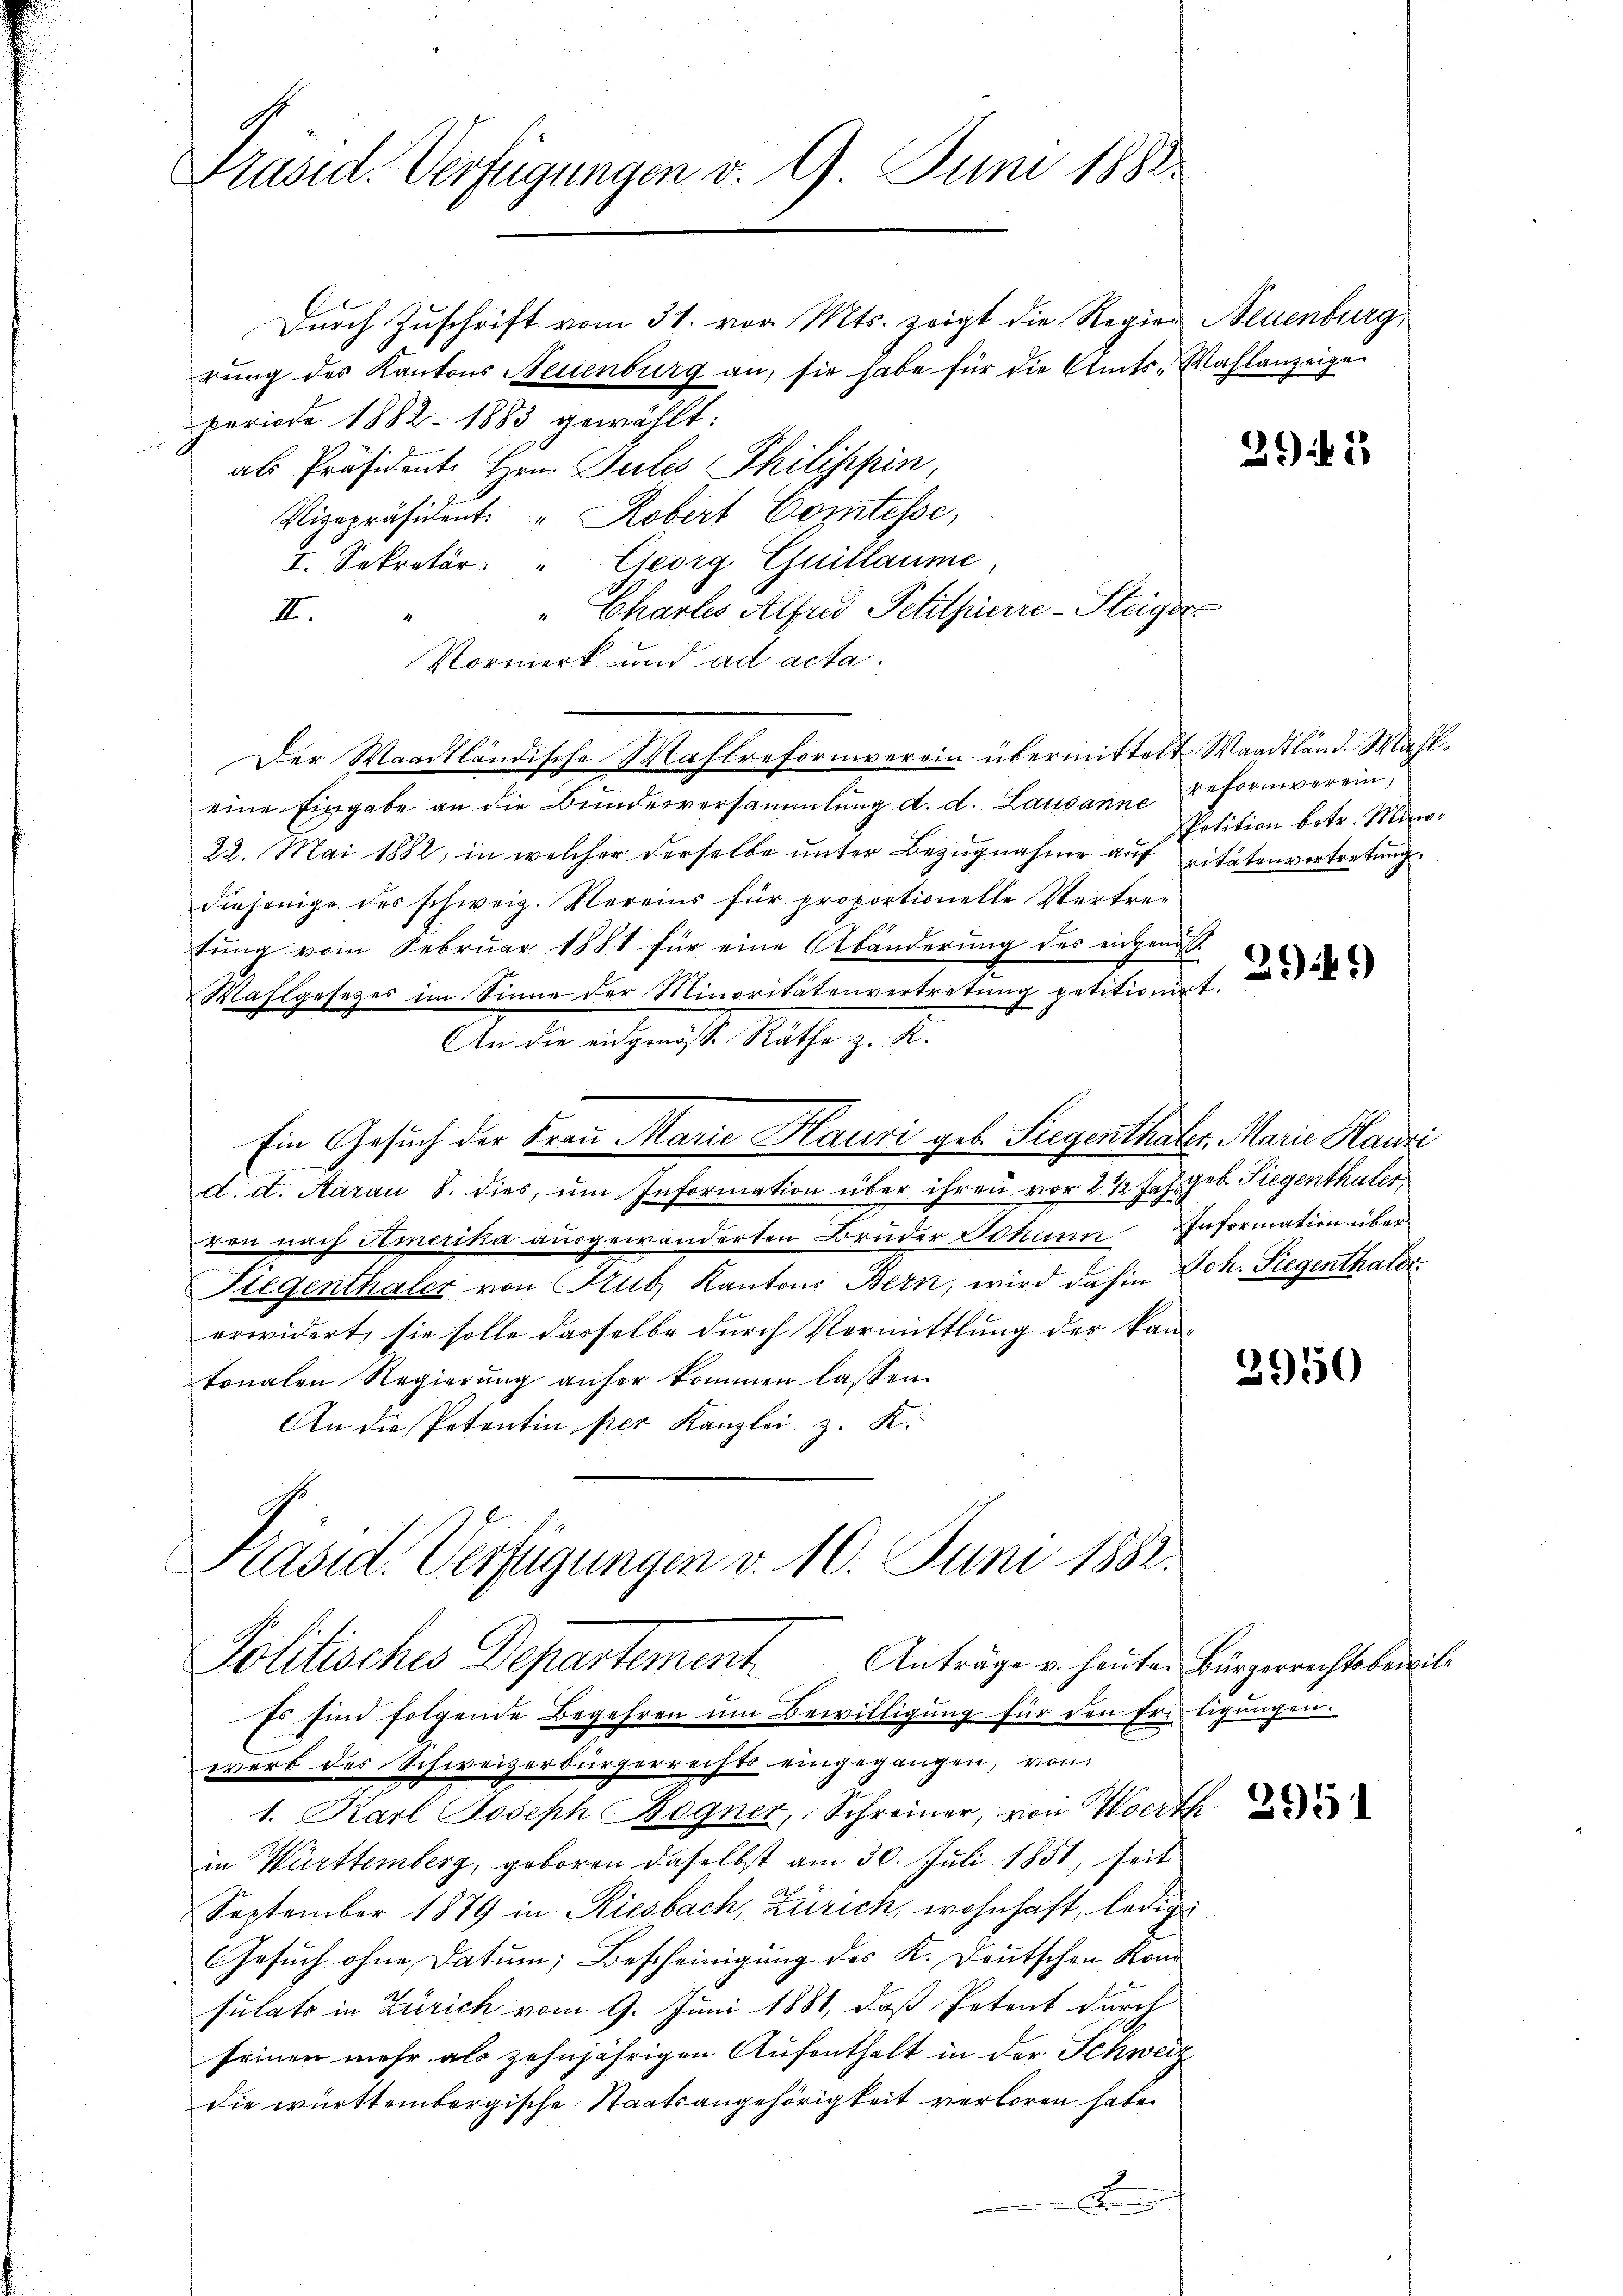
Präsid. Verfügungen d. 9. Juni 1888.

Durch Zuschrift vom 31. vor Mts. zeigt die Regier Neuenburg,
rung des Kantons Neuenburg an, sie habe für die Amts-Wahlanzeige
periode 1882. 1883 gewählt:
als Präsidente Hrn. Julis Philippin,
Vizepräsident. " Robert Comtesse,
I. Sekretär: " Georg Guillaume,
" Chartes Alfred Petitherre-Steiger
II.
Vormerk und ad acta.
Der Waadtländische Mahlreformverein übermittelt Waadtländ. Wahleine Eingabe an die Bundesversammlung d. d. Lausanne geformverein,
22. Mai 1882, in welcher derselbe ŭnter Bezŭgnahme auf pitätenvertretung
diejenige des schweiz. Vereins für proportionelle Vertretung vom Februar 1881 für eine Abänderung des eingenos¬
Wahlgesetzes im Sinne der Minoritätenvertretŭng petitionirt.
An die eidgenösse Räthe z. K.
Ein Gesuch der Frau Marie Hauri geb. Siegenthaler, Marie Hauzi
e
d. d. Aarau S. dies, um Information über ihren vor 2 1/2 Jahr geb. Siegenthaler
ren nach Amerika ausgewanderten Brüder Johann Information über
Fiegenthaler von Trub, Kantons Bern, wird dahin Joh. Siegenthaler
erwidert, sie solle dasselbe durch Vermittlung der kan-
tonalen Regierŭng anher kommen lassen.
An die Petentin per Kanzlei z. K.

Präsid. Verfügungen v. 10. Juni 1882.
Politisches Departement Anträge u. heuten Bürgerichtsbereit

Es sind folgende Begehren um Bewilligung für den freiligungen.
werb des Schweizerbürgerrechts eingegangen, von
1. Karl Joseph Bogner, Schreiner, von Werth
in Württemberg, geboren daselbst am 30. Juli 1851, seit
September 1879 in Riesbach, Zürich, wohnhaft, ledige
Gesuch ohne Datum; Bescheinigung des K. Deutschen Kran
sulats in Zürich vom 9. Juni 1881, daß Petent durch
seinen mehr als zehnjährigen Aufenthalt in der Schweiz
die württembergische Staatsangehörigkeit verloren habe.
x

3948

Petition betr. Min¬

3949)

2950